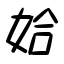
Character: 姶